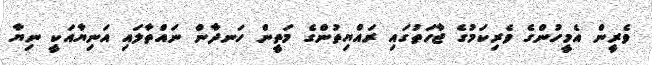
ވެރީން އެމީހުންގެ ވެރިކަމުގެ ޖާހަތުގައި ރައްޔިތުންގެ މަތީން ހަނދާން ނައްތާލައި އަނިޔާއަކީ ނިޔާ